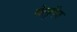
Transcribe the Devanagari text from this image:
वेलुरिय